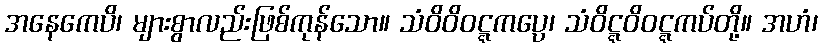
အနေကေပိ၊ များစွာလည်းဖြစ်ကုန်သော။ သံဝိဝိဝဋ္ဋကပ္ပေ၊ သံဝိဋ္ဋဝိဝဋ္ဋကပ်တို့။ အဟံ၊